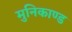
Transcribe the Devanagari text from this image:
मुनिकाण्ड